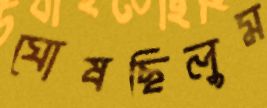
ঘোষছিলুম